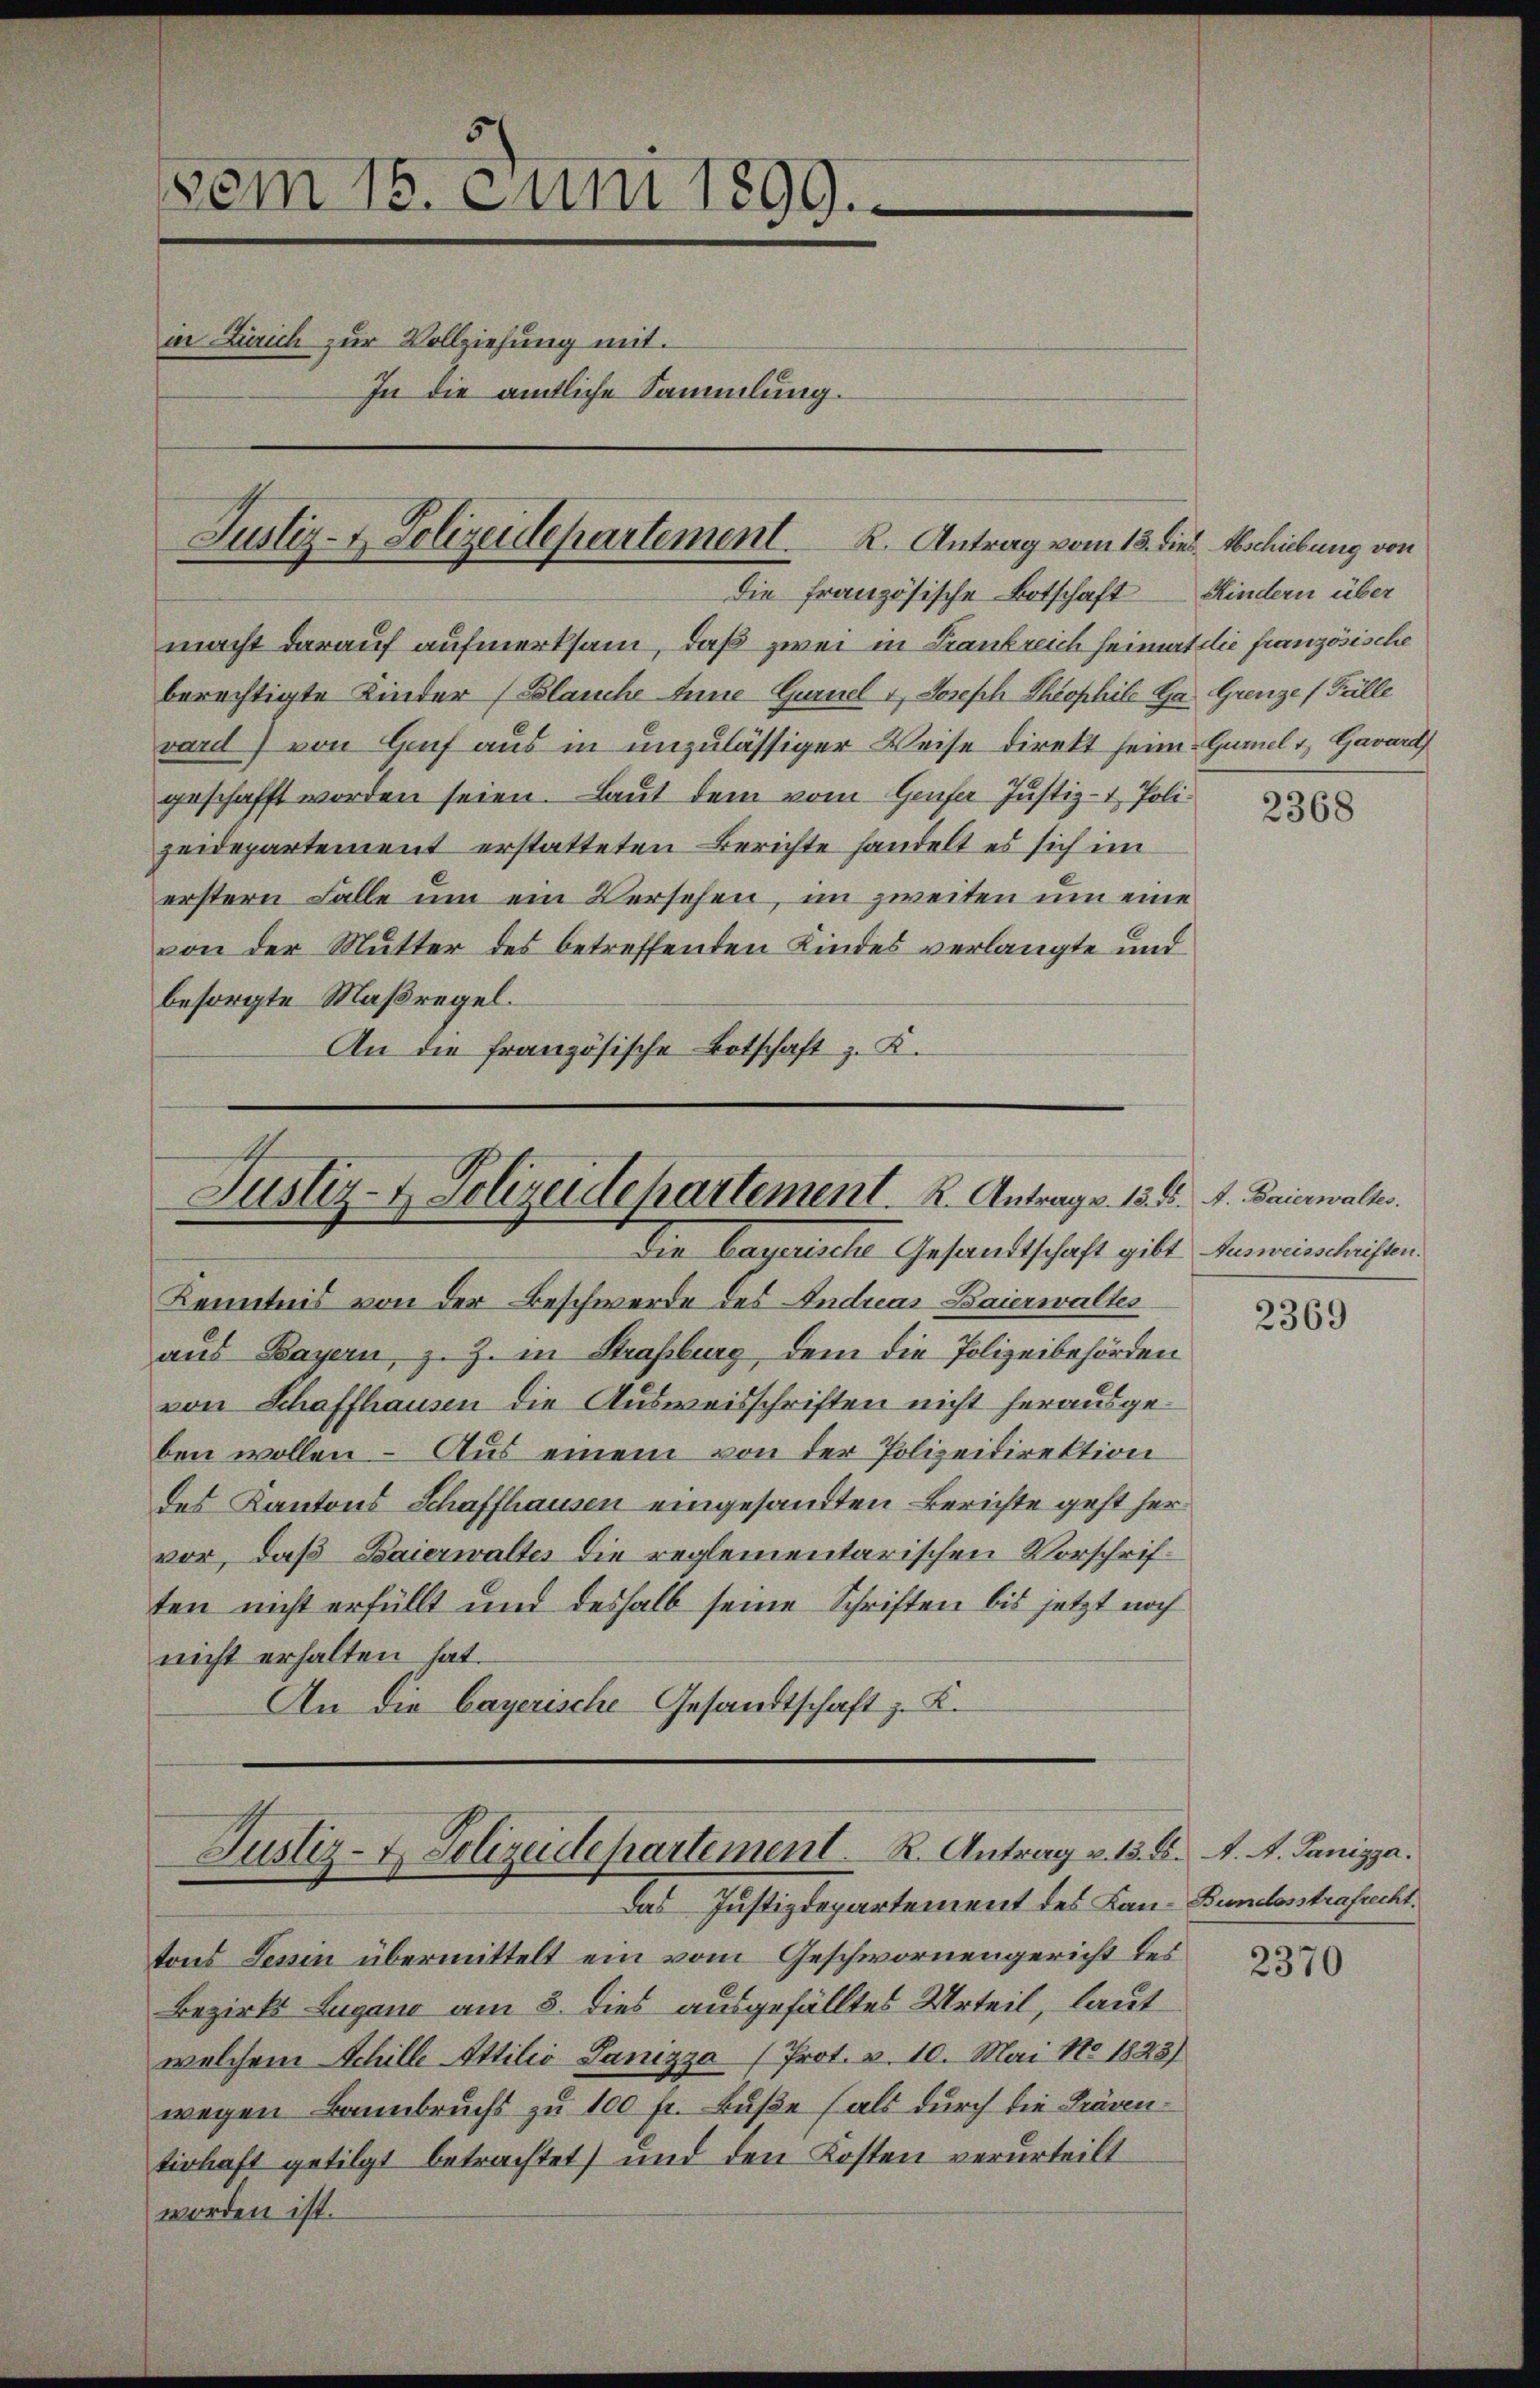
vom 15. Juni 1899.
in Zürich zur Vollziehung mit.
In die amtliche Sammlung.

Justiz- & Polizeidepartement. R. Antrag vom 18. dies Abschiebung von

die französische Botschaft Kindern über
macht darauf aufmerksam, daß zwei in Krankreich heimat die französische
berechtigte Kinder (Blauche Anne Gurnel 1, Joseph Theophile Ga Grenze (Fälle
vard) von Genf aus in unzulässiger Weise direkt heim Gumel u. Gavard
geschafft worden seien. Laut dem vom Genfer Justiz- & Polizeidepartement erstatteten Berichte handelt es sich im
erstern Falle um ein Versehen, im zweiten um eine
von der Mutter des betreffenden Kindes verlangte und
besorgte Maßregel.
An die französische Botschaft z. K.

Justiz- & Polizeidepartement. R. Antrags. 15. 5. d. Baierwalts.
Die bayerische Gesandtschaft gibt Humorieschriften

Kenntnis von der Beschwerde des Andreas Baierwaltes
aus Bayern, z. Z. in Straßburg, dem die Polizeibehörden
von Schaffhausen die Ausweisschriften nicht herausgeben wollen – Aus einem von der Polizeidirektion
des Kantons Schaffhausen eingesandten Berichte geht her
vor, daß Baierwaltes die reglementarischen Vorschriften nicht erfüllt und deshalb seine Schriften bis jetzt noch
nicht erhalten hat.
An die bayerische Gesandtschaft z. K.

Justiz- & Polizeidepartement. R. Antrag v. 13. d. A. A. Panizza.
das Justizdepartement des Lan- Bundesstrafuchs.

tons Tessin übermittelt ein vom Geschwornengericht des
Bezirks Lugano am 8. dies ausgefälltes Urteil, laut
welchem Schille Attilio Sanizza (Prot. v. 10. Mai No 1823)
wegen Bannbruchs zu 100 fr. Buße (als durch die Präventirhaft getilgt betrachtet) und den Kosten verurteilt
worden ist.

2368

2369

2370